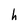
Character: h